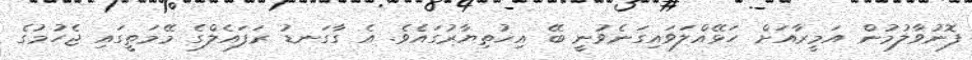
ފޮނުވާލުމުން އަމީރާއަށް ހަޅޭއްލަވައިގަނެވުނީ ބޭ އިޚުތިޔާރުގައެވެ. އެ ގާގަނޑު ރަފައެލްގެ މޭމަތީގައި ޖެހުމުގެ